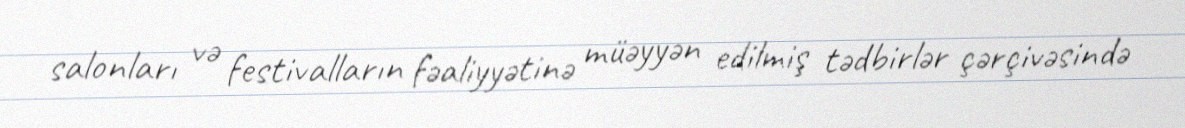
salonları və festivalların fəaliyyətinə müəyyən edilmiş tədbirlər çərçivəsində